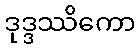
ဒုဒ္ဒဿိကော